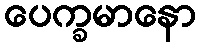
ပေက္ခမာနော